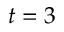
t = 3